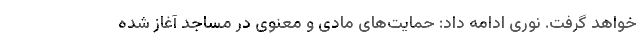
خواهد گرفت. نوری ادامه داد: حمایت‌های مادی و معنوی در مساجد آغاز شده